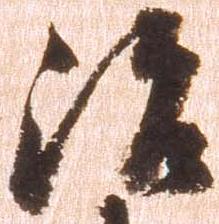
治